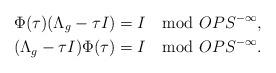
LaTeX: \begin{align*} & \Phi(\tau)(\Lambda_g - \tau I) = I \mod OPS^{-\infty}, \\ & (\Lambda_g - \tau I)\Phi(\tau) = I \mod OPS^{-\infty}.\end{align*}